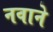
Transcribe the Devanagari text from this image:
नवाने